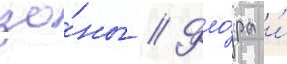
зо́ны // Фло́ра и́